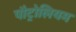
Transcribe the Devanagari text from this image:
पौट्रोलियम